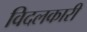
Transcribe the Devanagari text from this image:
विदलकारी